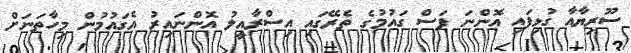
ސޫރިޔާއާ ގުޅިފައި އޮންނަ ފަސް ގައުމުގެ ތެރޭގައި އިސްރާއީލު އޮންނައިރު އެގައުމުން މިހާތަނަށް